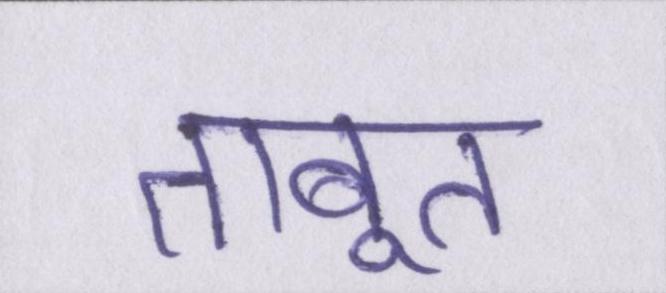
ताबूत